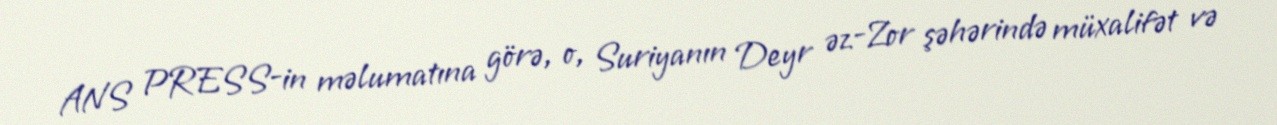
ANS PRESS-in məlumatına görə, o, Suriyanın Deyr əz-Zor şəhərində müxalifət və